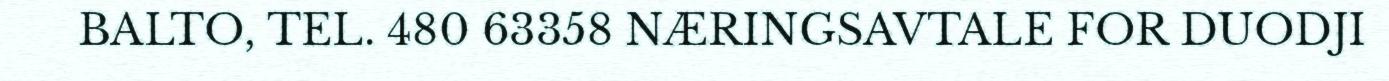
BALTO, TEL. 480 63358 NÆRINGSAVTALE FOR DUODJI